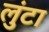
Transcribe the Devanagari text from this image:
लुंटा